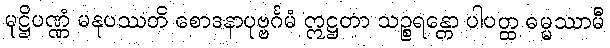
မုဋ္ဌိပဏ္ဏံ မနုပဿတိ စောဒနာပုဗ္ဗင်္ဂမံ ဣဋ္ဌတာ သဉ္စရန္တော ပါပတ္ထ ဓမ္မဿာမီ